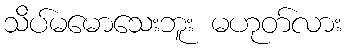
သိပ်မမောသေးဘူး မဟုတ်လား